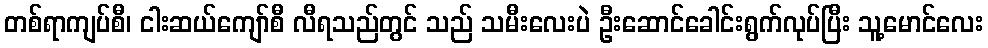
တစ်ရာကျပ်စီ၊ ငါးဆယ်ကျော်စီ လီရသည်တွင် သည် သမီးလေးပဲ ဦးဆောင်ခေါင်းရွက်လုပ်ပြီး သူ့မောင်လေး